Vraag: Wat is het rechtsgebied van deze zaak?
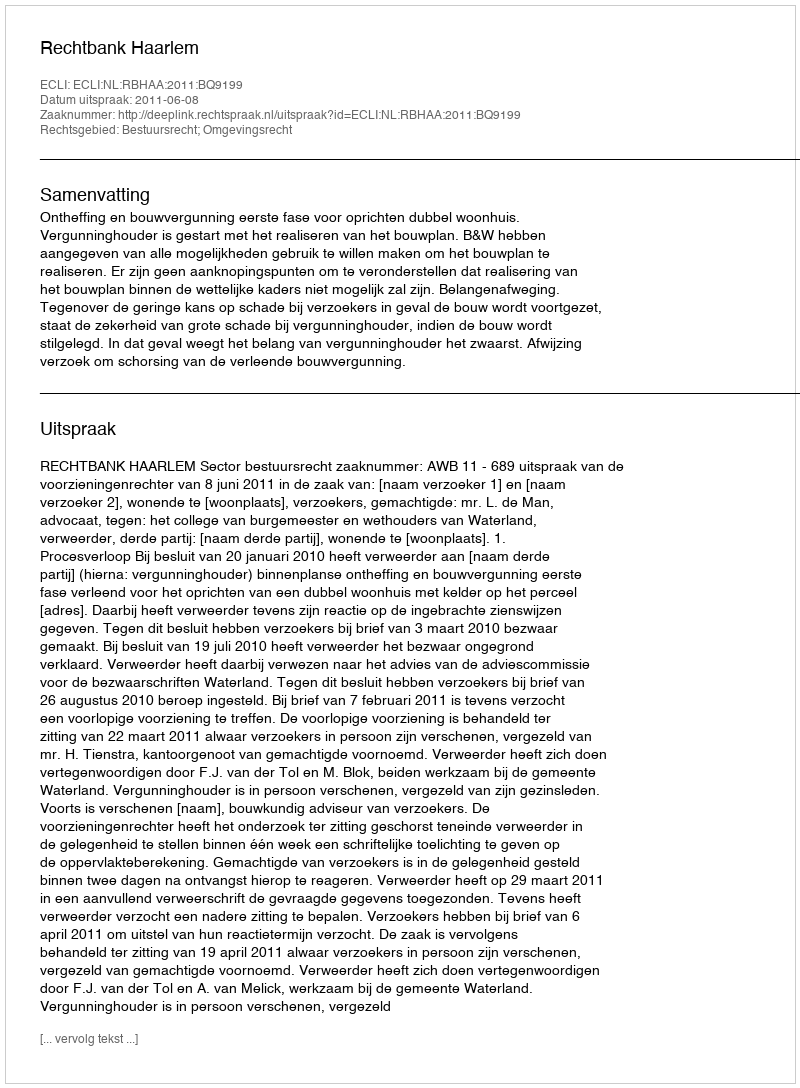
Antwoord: Bestuursrecht; Omgevingsrecht